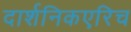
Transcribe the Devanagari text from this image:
दार्शनिकएरिच